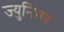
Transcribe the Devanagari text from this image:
ज्युनिपर